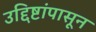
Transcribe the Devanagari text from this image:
उद्दिष्टांपासून